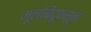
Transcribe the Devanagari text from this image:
मूलबिंदूपासून